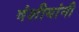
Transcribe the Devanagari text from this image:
वंशीयांनी